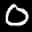
Label: 0